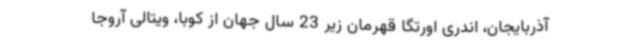
آذربایجان، اندری اورتگا قهرمان زیر 23 سال جهان از کوبا، ویتالی آروجا